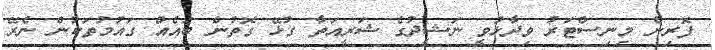
ފޮރިން މިނިސްޓަރު ވިދާޅުވީ ނަޝީދުގެ ޝަރީއަތާ ގުޅޭ ގޮތުން ބައެއް ގައުމުތަކުން ނެރޭ